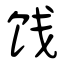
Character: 饯